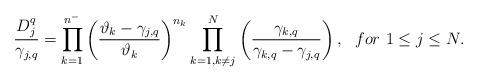
LaTeX: \begin{align*} \frac{D^q_j}{\gamma_{j,q}}=\prod_{k=1}^{n^-}\left(\frac{\vartheta_k-\gamma_{j,q}}{\vartheta_k}\right)^{n_k}\prod_{k=1,k \neq j}^{N}\left(\frac{\gamma_{k,q}}{\gamma_{k,q}-\gamma_{j,q}}\right),\ \ for \ 1\leq j \leq N.\end{align*}